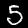
Label: 5